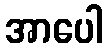
အာပေါ